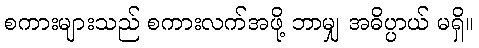
စကားများသည် စကားလက်အဖို့ ဘာမျှ အဓိပ္ပာယ် မရှိ။